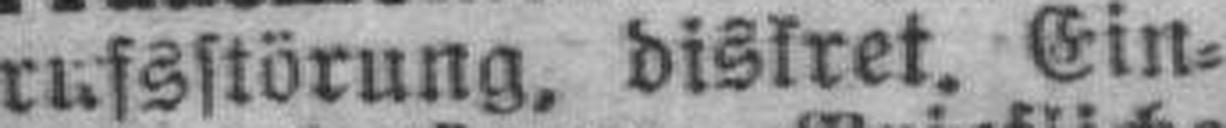
rufsstörung, diskret. Ein¬